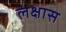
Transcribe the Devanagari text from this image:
लक्षास